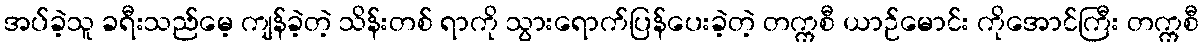
အပ်ခဲ့သူ ခရီးသည်မေ့ ကျန်ခဲ့တဲ့ သိန်းတစ် ရာကို သွားရောက်ပြန်ပေးခဲ့တဲ့ တက္ကစီ ယာဉ်မောင်း ကိုအောင်ကြီး တက္ကစီ